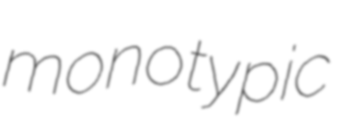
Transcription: monotypic